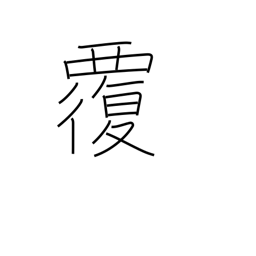
Meaning: capsize